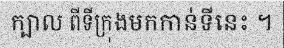
ក្បាល ពីទីក្រុងមកកាន់ទីនេះ ។